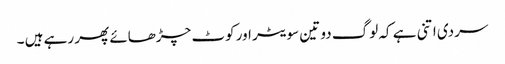
سردی اتنی ہے کہ لوگ دو تین سویٹر اور کوٹ چڑھائے پھر رہے ہیں ۔